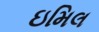
ઇમિલ